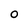
Character: O